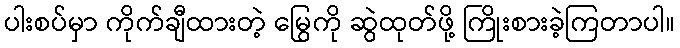
ပါးစပ်မှာ ကိုက်ချီထားတဲ့ မြွေကို ဆွဲထုတ်ဖို့ ကြိုးစားခဲ့ကြတာပါ။